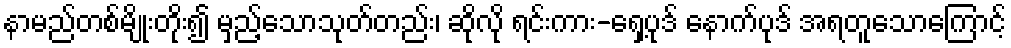
နာမည်တစ်မျိုးတိုး၍ မှည့်သောသုတ်တည်း၊ ဆိုလို ရင်းကား-ရှေ့ပုဒ် နောက်ပုဒ် အရတူသောကြောင့်